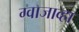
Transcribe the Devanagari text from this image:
ग्वाजाव्हा